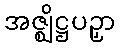
အဇ္ဈိဋ္ဌပဉှာ